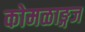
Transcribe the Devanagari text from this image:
कोमळाङ्गज